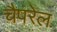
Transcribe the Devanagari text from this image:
चैपरेल